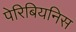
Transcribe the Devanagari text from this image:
पेरिबियनिस